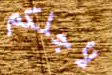
لأجلكم